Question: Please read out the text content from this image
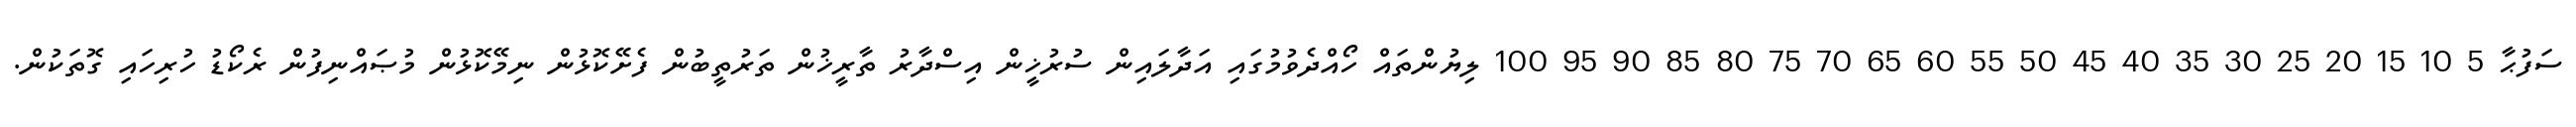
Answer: ސަފުޙާ 5 10 15 20 25 30 35 40 45 50 55 60 65 70 75 80 85 90 95 100 ލިޔުންތައް ހޯއްދެވުމުގައި އަދާލައިން ސުރުޚީން އިސްދާރު ތާރީޚުން ތަރުތީބުން ފެށޭކޮޅުން ނިމޭކޮޅުން މުޞައްނިފުން ރެކޯޑު ހުރިހައި ގޮތަކުން.